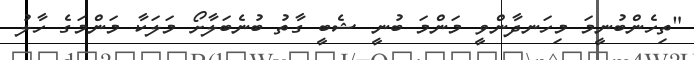
"ތިހެންބުނީމަ މިހަނދާންވީ މަންމަ ބުނީ ޝެބީ ގާތު ބުނެބަލާށޯ މަލަކާ މަންމަގެ ހާލު